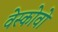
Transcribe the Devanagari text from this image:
वेस्कोवो